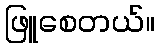
ဖြူစေတယ်။